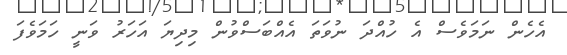
އެހެން ނަމަވެސް އެ ހުއްދަ ނުވަތަ އެއްބަސްވުން މިދިޔަ އަހަރު ވަނީ ހަމަވެފަ